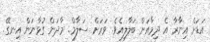
އަޑަށް އިނާރާ އެ ދިމާއަށް ބަލާލިއެވެ. ވަރަށް ސަލާމް.. މާދަން ގުޅާނަން އިނގޭ.